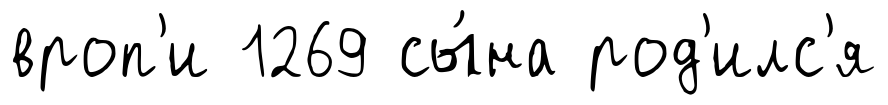
вроп'и 1269 сы́на род'илс'я